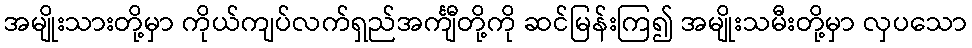
အမျိုးသားတို့မှာ ကိုယ်ကျပ်လက်ရှည်အင်္ကျီတို့ကို ဆင်မြန်းကြ၍ အမျိုးသမီးတို့မှာ လှပသော